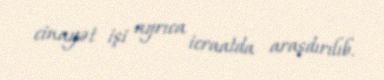
cinayət işi ayrıca icraatda araşdırılıb.